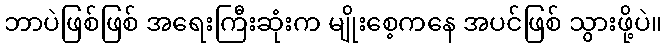
ဘာပဲဖြစ်ဖြစ် အရေးကြီးဆုံးက မျိုးစေ့ကနေ အပင်ဖြစ် သွားဖို့ပဲ။